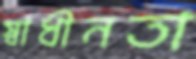
স্বাধীনতা